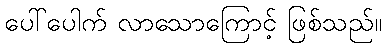
ပေါ်ပေါက် လာသောကြောင့် ဖြစ်သည်။